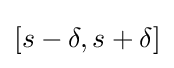
[s-\delta ,s+\delta ]